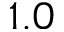
1 . 0